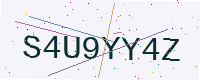
Text: S4U9YY4Z